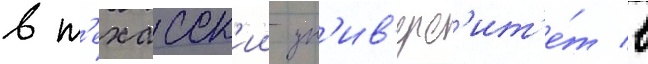
в т'ехасск'ии ун'ив'ерс'ит'е́т в